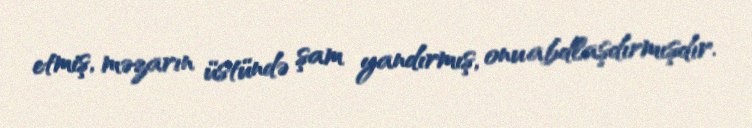
etmiş, məzarın üstündə şam yandırmış, onu abdlaşdırmışdır.